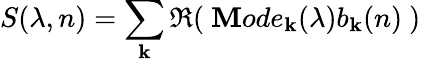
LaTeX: S(\lambda,n)=\sum_{\mathbf{k}}\Re(~\mathbf{M}ode_{\mathbf{k}}(\lambda)b_{\mathbf{k}}(n)~)